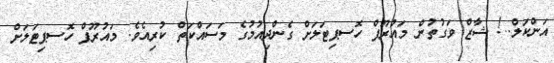
އަންކަލް..! ޝާޒް ވަގުތުން މައުރޫފް ހޮސޕިޓަލަށް ގެންދިއުމުގެ މަސައްކަތް ކުރިއެވެ. މައުރޫފް ހޮސޕިޓަލަށް